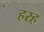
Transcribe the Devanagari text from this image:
हरह